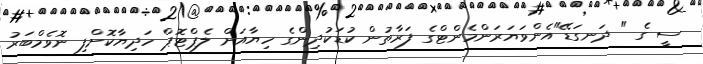
ސީ ގެ " ދަނގަޑޭ"އެންވަޔަރަންމެންޓްގެ ފަރާތުން ކުޑަކުދިންގެ ހިޔާއަށް ލެޕްޓޮޕް ހަދިޔާކޮށްފި ނޮވެމްބަރު